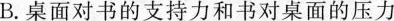
B.桌面对书的支持力和书对桌面的压力